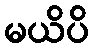
မယိပိ